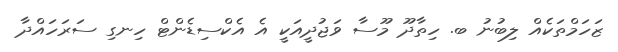
ޒަހަމްތަކެއް ލިބުނު ބ. ހިތާދޫ މޫސާ ވަޖުދީއަކީ އެ އެކްސިޑެންޓް ހިނގި ސަރަހައްދާ